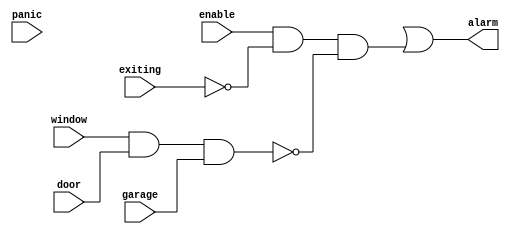
module task2_14(input panic ,enable, exiting, window, door, garage, 
                output alarm
                );
    wire secure, notsecure, notexiting, otheralarm;
    or U1(alarm, oanic, otheralarm);
    and U2(otheralarm, enable, notexiting, notsecure);
    not U3(notexiting, exiting);
    not U4(notsecure, secure);
    and U5(secure, window, door, garage);
endmodule